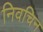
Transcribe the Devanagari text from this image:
निवचिन